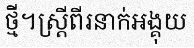
ថ្មី។ស្ត្រីពីរនាក់អង្គុយ